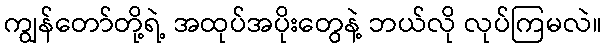
ကျွန်တော်တို့ရဲ့ အထုပ်အပိုးတွေနဲ့ ဘယ်လို လုပ်ကြမလဲ။